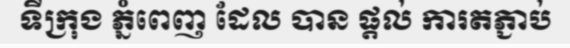
ទីក្រុង ភ្នំពេញ ដែល បាន ផ្តល់ ការតភ្ជាប់